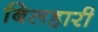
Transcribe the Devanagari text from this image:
बिलहारी